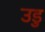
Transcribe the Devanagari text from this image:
उडु